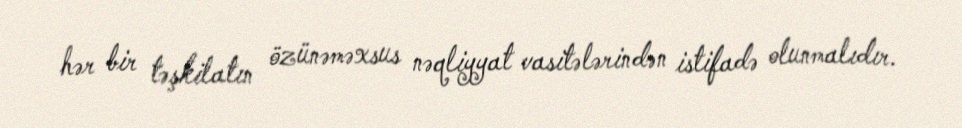
hər bir təşkilatın özünəməxsus nəqliyyat vasitələrindən istifadə olunmalıdır.